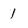
Character: 1